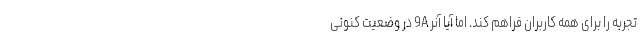
تجربه را برای همه کاربران فراهم کند. اما آیا آنر 9A در وضعیت کنونی